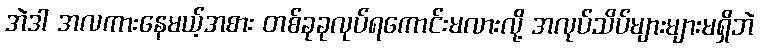
အဲဒါ အလကားနေမယ့်အစား တစ်ခုခုလုပ်ရကောင်းမလားလို့ အလုပ်သိပ်များများမရှိဘဲ